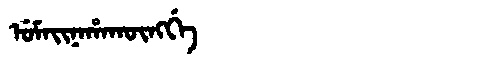
Manchu: ᡠᠮᠠᡳᠨᠠᡥᠠᡴᡡᠩᡤᡝ
Romanization: UMAINAHAKŪNGGE